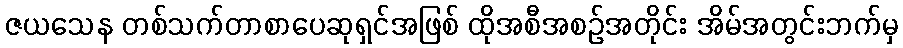
ဇယသေန တစ်သက်တာစာပေဆုရှင်အဖြစ် ထိုအစီအစဉ်အတိုင်း အိမ်အတွင်းဘက်မှ